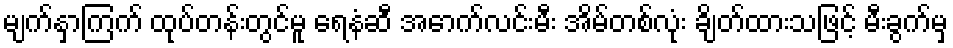
မျက်နှာကြက် ထုပ်တန်းတွင်မူ ရေနံဆီ အောက်လင်းမီး အိမ်တစ်လုံး ချိတ်ထားသဖြင့် မီးခွက်မှ